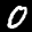
Label: 0